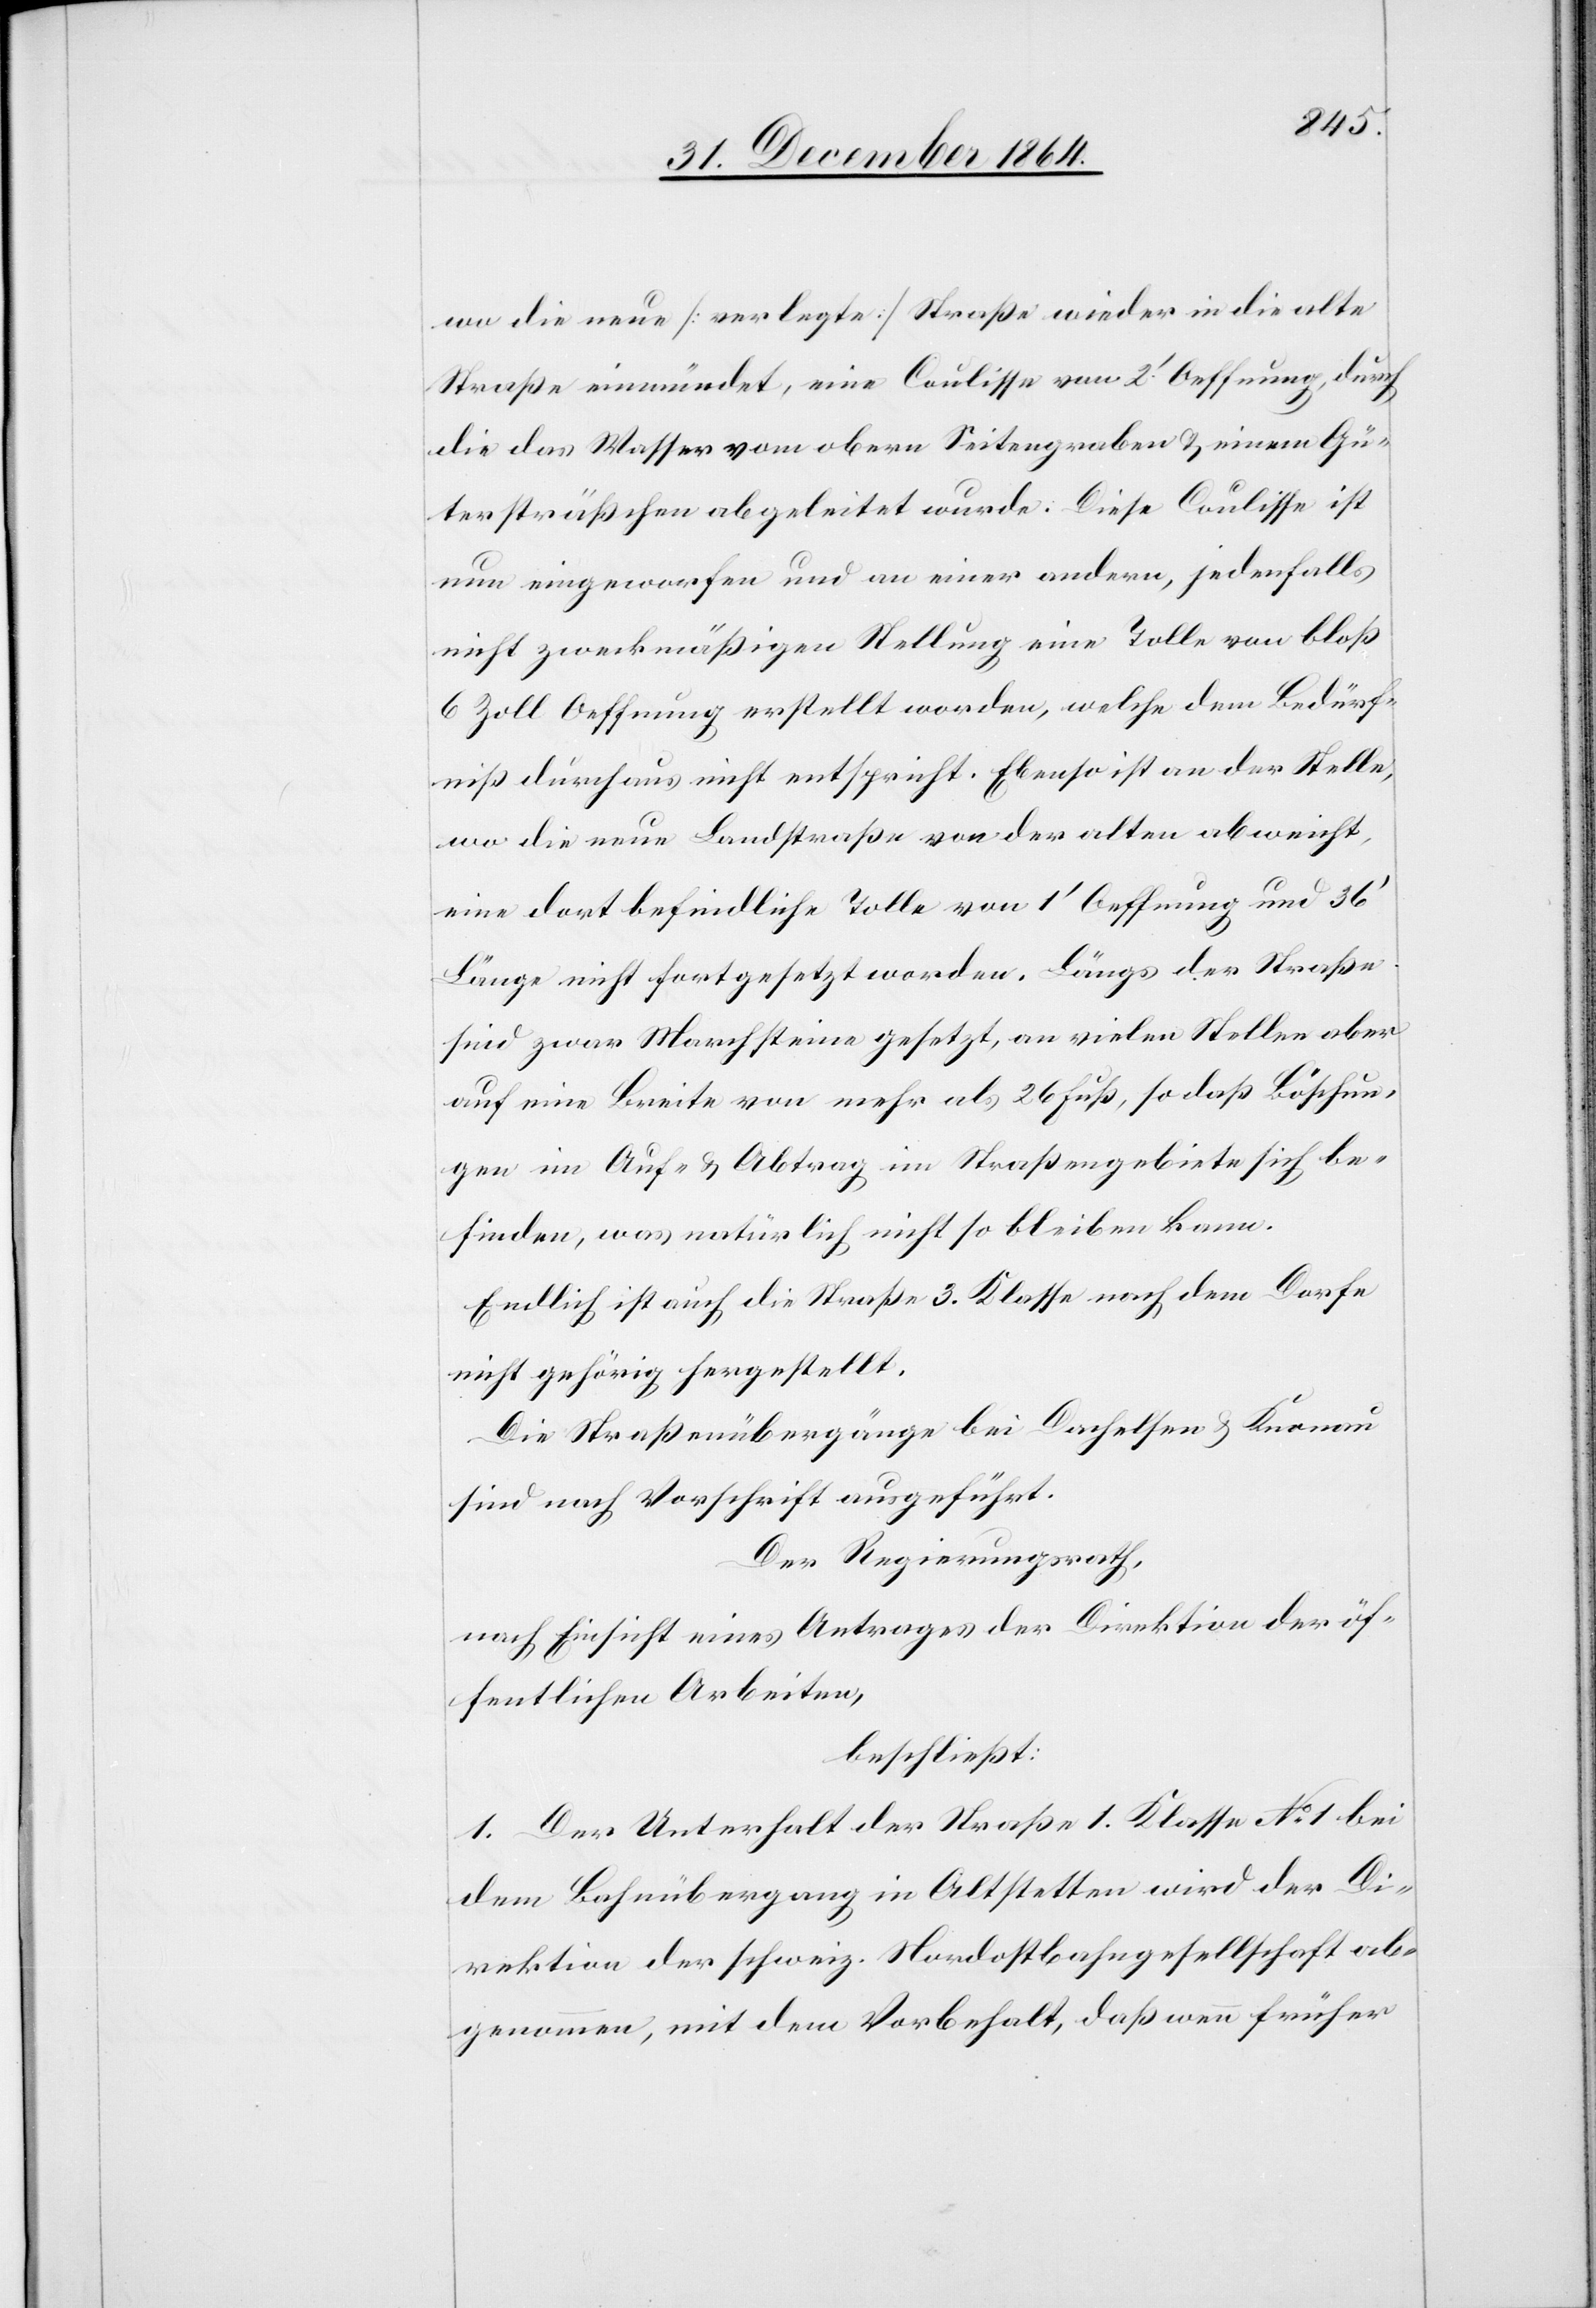
wo die neue [verlegte] Straße wieder in die alte
Straße einmündet, eine Coulisse von 2’ Oeffnung, durch
die das Wasser vom obern Seitengraben & einem Gü¬
tersträßchen abgeleitet wurde. Diese Coulisse ist
nun eingeworfen und an einer andern, jedenfalls
nicht zweckmäßigen Stellung eine Tolle von bloß
6 Zoll Oeffnung erstellt worden, welche dem Bedürf¬
niß durchaus nicht entspricht. Ebenso ist an der Stelle,
wo die neue Landstraße von der alten abweicht,
eine dort befindliche Tolle von 1’ Oeffnung und 36’
Länge nicht fortgesetzt worden. Längs der Straße
sind zwar Marchsteine gesetzt, an vielen Stellen aber
auf eine Breite von mehr als 26 Fuß, so daß Böschun¬
gen im Auf- & Abtrag im Straßengebiete sich be¬
finden, was natürlich nicht so bleiben kann.
Endlich ist auch die Straße 3. Klasse nach dem Dorfe
nicht gehörig hergestellt.
Die Straßenübergänge bei Dachelsen & Knonau
sind nach Vorschrift ausgeführt.
Der Regierungsrath,
nach Einsicht eines Antrages der Direktion der öf¬
fentlichen Arbeiten,
beschließt:
1. Der Unterhalt der Straße 1. Klasse No 1 bei
dem Bahnübergang in Altstetten wird der Di¬
rektion der schweiz. Nordostbahngesellschaft ab¬
genommen, mit dem Vorbehalt, daß wenn früher